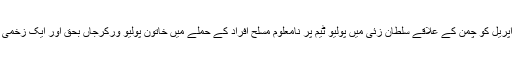
یادرہے 25اپریل کو چمن کے علاقے سلطان زئی میں پولیو ٹیم پر نامعلوم مسلح افراد کے حملے میں خاتون پولیو ورکرجاں بحق اور ایک زخمی ہو گئی تھی۔